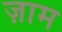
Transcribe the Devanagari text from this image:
ज़ाम